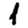
Digit: 1